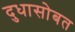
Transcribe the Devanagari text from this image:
दुधासोबत